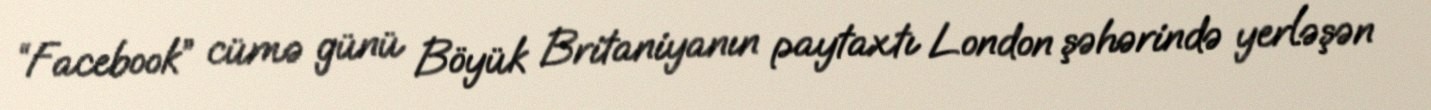
“Facebook” cümə günü Böyük Britaniyanın paytaxtı London şəhərində yerləşən